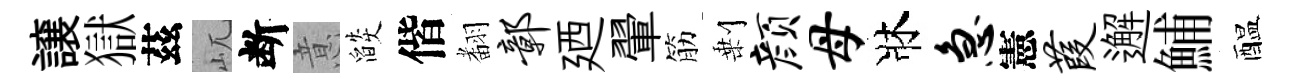
譲獄茲屼断意燄偕𮋒鄣廼翬筋剰颜母牀急憲葭邂鯆醖